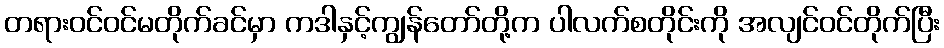
တရားဝင်ဝင်မတိုက်ခင်မှာ ကဒါနှင့်ကျွန်တော်တို့က ပါလက်စတိုင်းကို အလျင်ဝင်တိုက်ပြီး